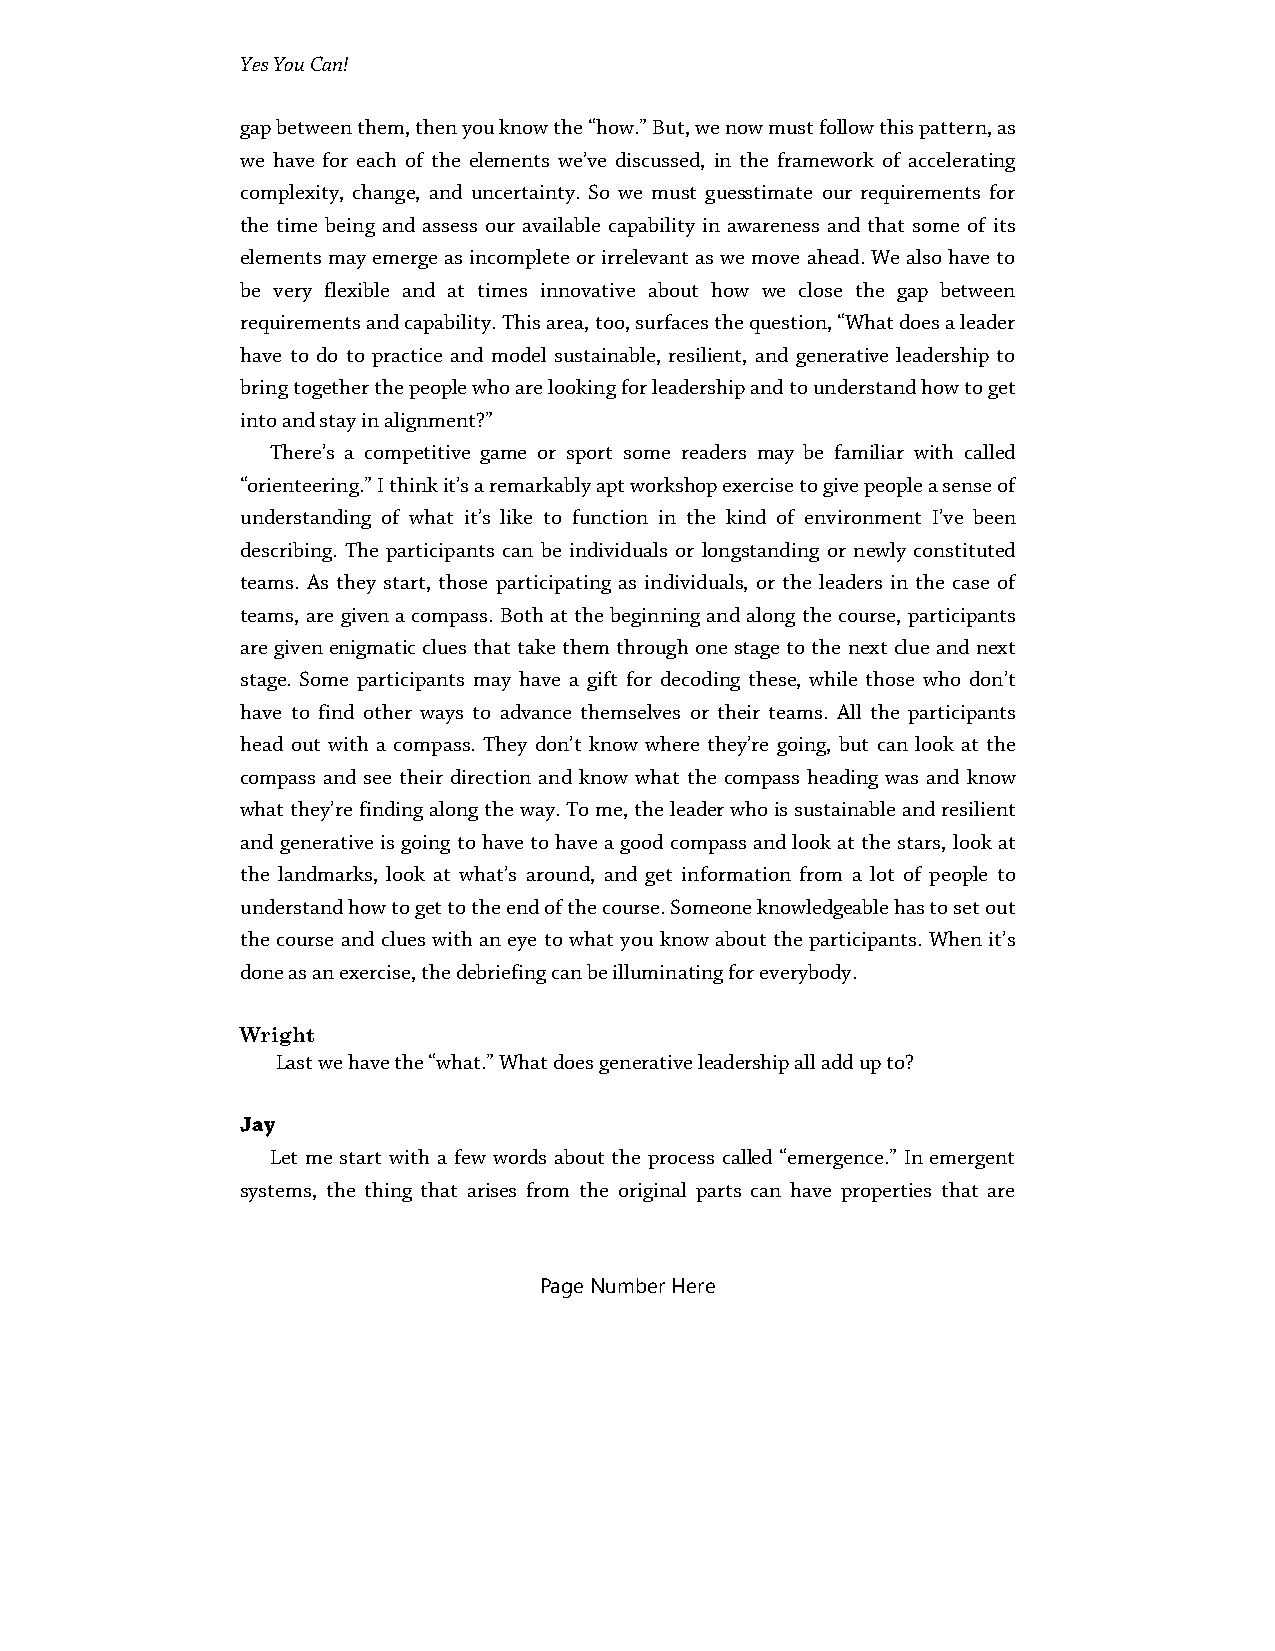
Yes You Can!
 gap between them, then you know the “how.” But, we now must follow this pattern, as
 we have for each of the elements we’ve discussed, in the framework of accelerating
 complexity, change, and uncertainty. So we must guesstimate our requirements for
 the time being and assess our available capability in awareness and that some of its
 elements may emerge as incomplete or irrelevant as we move ahead. We also have to
 be very flexible and at times innovative about how we close the gap between
 requirements and capability. This area, too, surfaces the question, “What does a leader
 have to do to practice and model sustainable, resilient, and generative leadership to
 bring together the people who are looking for leadership and to understand how to get
 into and stay in alignment?”
 There’s a competitive game or sport some readers may be familiar with called
 “orienteering.” I think it’s a remarkably apt workshop exercise to give people a sense of
 understanding of what it’s like to function in the kind of environment I’ve been
 describing. The participants can be individuals or longstanding or newly constituted
 teams. As they start, those participating as individuals, or the leaders in the case of
 teams, are given a compass. Both at the beginning and along the course, participants
 are given enigmatic clues that take them through one stage to the next clue and next
 stage. Some participants may have a gift for decoding these, while those who don’t
 have to find other ways to advance themselves or their teams. All the participants
 head out with a compass. They don’t know where they’re going, but can look at the
 compass and see their direction and know what the compass heading was and know
 what they’re finding along the way. To me, the leader who is sustainable and resilient
 and generative is going to have to have a good compass and look at the stars, look at
 the landmarks, look at what’s around, and get information from a lot of people to
 understand how to get to the end of the course. Someone knowledgeable has to set out
 the course and clues with an eye to what you know about the participants. When it’s
 done as an exercise, the debriefing can be illuminating for everybody.
 Wright
 Last we have the “what.” What does generative leadership all add up to?
 Jay
 Let me start with a few words about the process called “emergence.” In emergent
 systems, the thing that arises from the original parts can have properties that are
 Page Number Here